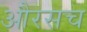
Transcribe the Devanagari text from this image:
औरसच